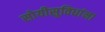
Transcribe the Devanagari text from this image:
सोयीसुविधांना